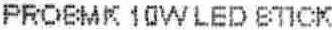
PROBMK 10W LED STICK